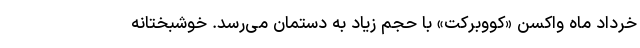
خرداد ماه واکسن «کووبرکت» با حجم زیاد به دستمان می‌رسد. خوشبختانه